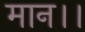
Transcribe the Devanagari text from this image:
मान।।